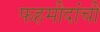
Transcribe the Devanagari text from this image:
फहमीदांची